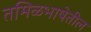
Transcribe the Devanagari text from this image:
तमिळभाषेतील